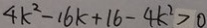
4 k ^ { 2 } - 1 6 k + 1 6 - 4 k ^ { 2 } > 0